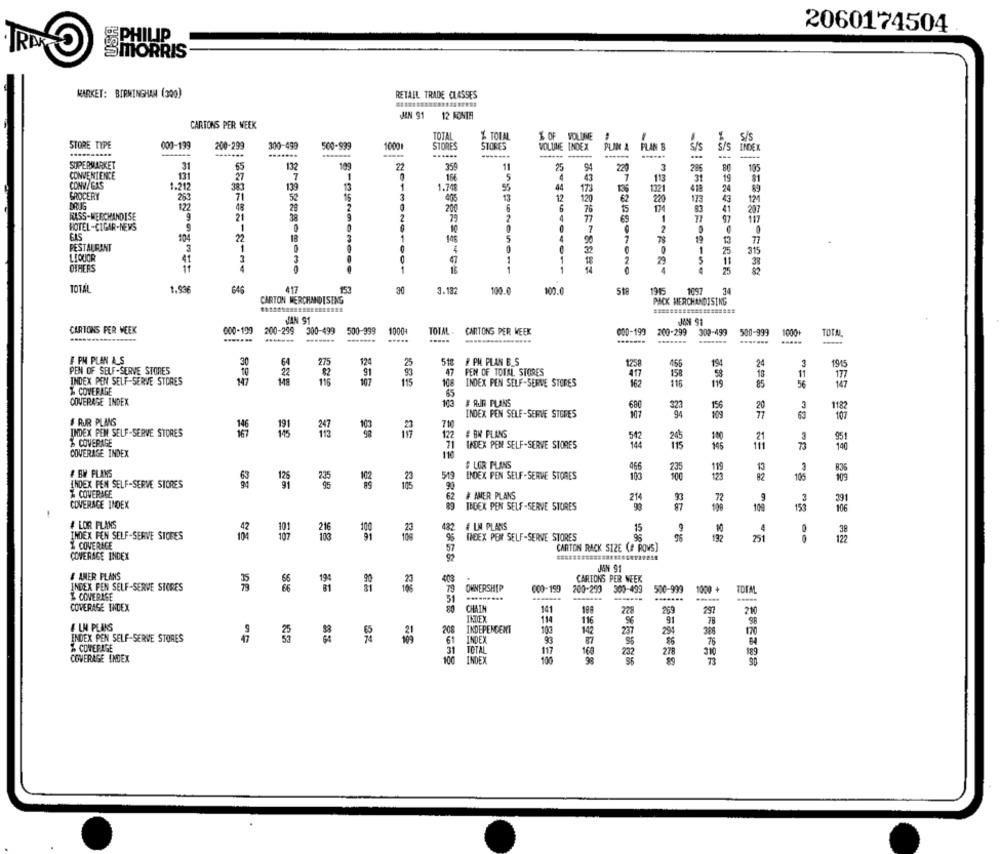
2060174504
PHILIP
SMORRIS
MARKET: BIRMINGHAM (300)
RETAIL TRADE CLASSES
MN 91
12 FONTE
CARTONS PER WEEK
TOTAL
% TOVAL
1 OF VOLUME
S/s
STORE TYPE
000-199
200-299
300-499
500-999
1000
STORES
STORES
VOLUME INDEX
PUIN A PLAN B
......
------
---
S/S
INDEX
SUPERMARKET
31
65
132
109
22
35
1
25
220
105
CONVENIENCE
131
27
7
1
156
5
43
113
CONV/GAS
1.212
383
139
13
1
1.748
5%
44
17
1321
GROCERY
253
71
52
16
13
12
220
2
HASS-MERCHANDISE
122
48
28
200
6
207
9
21
38
2
117
HOTEL-CIGAR-NEWS
1
0
NO
10
0
104
22
18
3
5
78
19
77
RESTAURANT
1
90
LIQUOR
4
1
315
4
3
1
OTHERS
1
1
1
S ZURBORONO
MESSE -~ POR+
25
82
TOTAL
1.936
646
417
30
3.182
100.0
100.0
518
1915
1057
34
CARTON MERCHMISING
PACK MERCHANDISING
================ ####
JAN 91
CARTONS PER WEEK
000-109
200-299
300-499
500-399
1000
TOTAL
CARTONS PER WEEK
000-199 200-299 309-499
500-999
1000+
TOTAL
.......
..-----
........
.......
588
# PM PLAN &_S
3
27
12
25
518
# PH PLAN E_S
1258
19
24
1915
PEN OF SELF-SERVE STORES
22
91
93
47
FEM OF TOTAL, STORES
417
15%
11
177
INDEX PEN SELF-SERVE STORES
品製型
115
107
115
108
INDEX PEN SELF-SERVE STORES
162
116
115
85
56
147
% COVERAGE
65
COVERAGE INDEX
103
# AIR PLANS
680
20
1182
INDEX PEN SELF-SERVE STORES
107
94
77
107
F RJR PLANS
710
INDEX PEN SELF-SERVE STORES
122
# BM PLANS
542
100
951
& COVERAGE
71
INDEX PEN SELF-SERVE STORES
144
146
73
140
COVERAGE INDEX
110
# LOR PLANS
466
235
119
13
836
# BW PLANS
125
235
INDEX PEN SELF-SERVE STORES
100
100
123
82
105
109
INDEX PEN SELF-SERVE STORES
90
2 COVERAGE
62
# AMER PLANS
214
93
COVERAGE INDEX
9
-
89
INDEX PEN SELF-SERVE STORES
87
100
150
106
# LOR FLANS
101
482
# LM PLANS
15
9
10
0
INDEX FEN SELF-SERVE STORES
96
DEEX PON SELF-SERVE STORES
95
96
192
251
0
& COVERACE
CARTON RACK S12E (# ROWS]
COVERAGE INDEX
92
JAN 91
# AMER PLANS
403
CARLEONS PER WEEK
INDEX PEN SELF-SERVE STORES
79
OWNERSHIP
000-199
200-250
300-499
500-999 1000 +
TOTAL
L COVERAGE
51
COVERAGE INDEX
141
228
297
INDEX
114
116
91
78
98
4 LN PLANS
208
INDEPENDENT
100
142
237
294
170
INDEX PEN SELF-SERVE STORES
INDEX
87
76
% COVERAGE
31
TOTAL
117
160
100
232
278
COVERAGE INDEX
INDEX
89